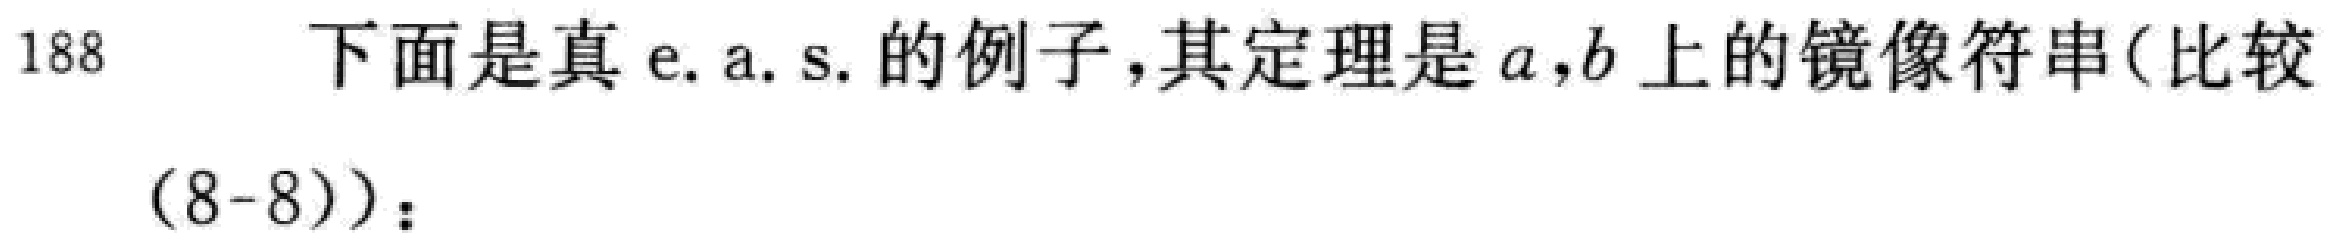
188 下面是真 e. a. s. 的例子,其定理是 \(a,b\) 上的镜像符串(比较

(8-8))：